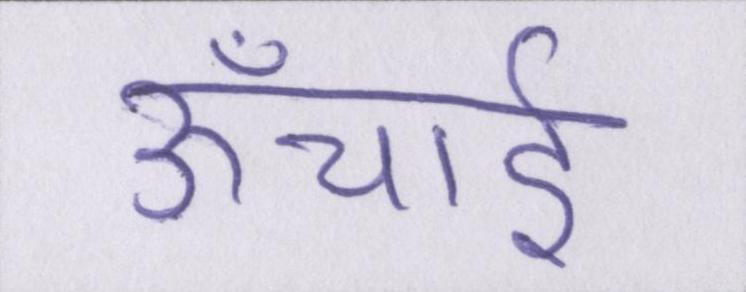
ऊँचाई